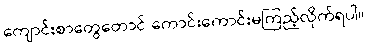
ကျောင်းစာတွေတောင် ကောင်းကောင်းမကြည့်လိုက်ရပါ။